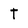
Character: t